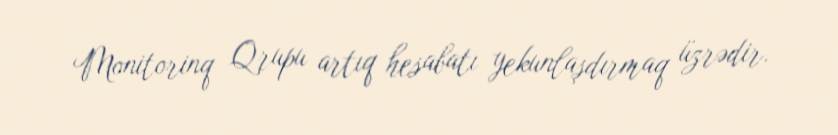
Monitorinq Qrupu artıq hesabatı yekunlaşdırmaq üzrədir.